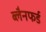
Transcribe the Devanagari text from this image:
ब्लैनफर्ड